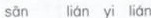
sān lián yi lián